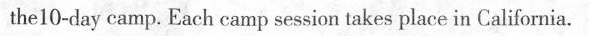
the 10-day camp. Each camp session takes place in California.